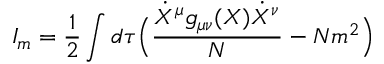
I _ { m } = \frac { 1 } { 2 } \int d \tau \Bigl ( \frac { \dot { X } ^ { \mu } g _ { \mu \nu } ( X ) \dot { X } ^ { \nu } } { N } - N m ^ { 2 } \Bigr )